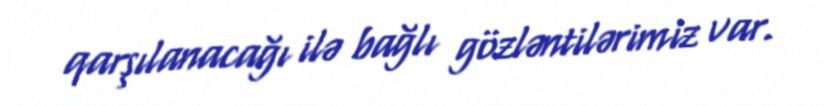
qarşılanacağı ilə bağlı gözləntilərimiz var.